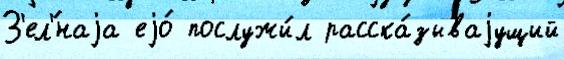
З'ел'́наjа еjо́ послужи́л расска́зываjущий